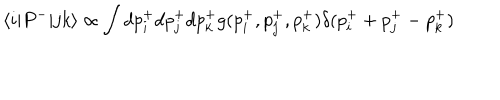
\langle i | P ^ { - } | j k \rangle \propto \int d p _ { i } ^ { + } d p _ { j } ^ { + } d p _ { k } ^ { + } g ( p _ { i } ^ { + } , p _ { j } ^ { + } , p _ { k } ^ { + } ) \delta ( p _ { i } ^ { + } + p _ { j } ^ { + } - p _ { k } ^ { + } )